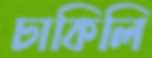
ঢাকিলি